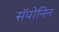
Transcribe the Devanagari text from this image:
सॅपोनिन